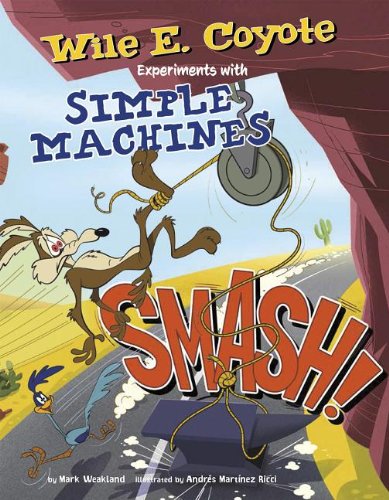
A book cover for Smash!: Wile E. Coyote Experiments with Simple Machines (Wile E. Coyote, Physical Science Genius); Mark Weakland; Children's Books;